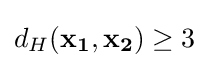
d_{H}(\mathbf {x_{1}} ,\mathbf {x_{2}} )\geq 3